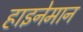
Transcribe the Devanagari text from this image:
हाइनेमान